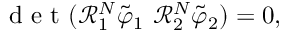
\mathrm { ~ d ~ e ~ t ~ } ( \mathcal { R } _ { 1 } ^ { N } \tilde { \varphi } _ { 1 } ~ \mathcal { R } _ { 2 } ^ { N } \tilde { \varphi } _ { 2 } ) = 0 ,